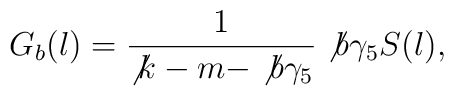
G_{b}(l)=\frac{1}{\not{k}-m-\not{b}\gamma _{5}}\not{b}\gamma _{5}S(l),